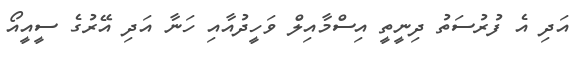
އަދި އެ ފުރުސަތު ދިނީތީ އިސްމާއިލް ވަހީދުއާއި ހަނާ އަދި އޭރުގެ ސީއީއޯ